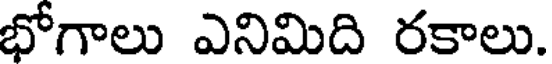
భోగాలు ఎనిమిది రకాలు.